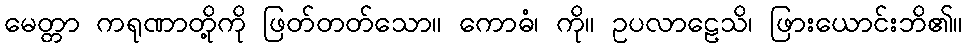
မေတ္တာ ကရုဏာတို့ကို ဖြတ်တတ်သော။ ကောဓံ၊ ကို။ ဥပလာဠေသိ၊ ဖြားယောင်းဘိ၏။